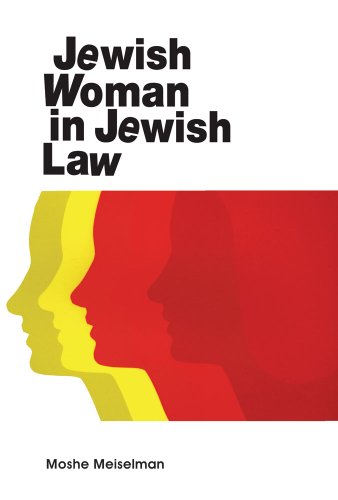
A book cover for Jewish Woman in Jewish Law; M. Meiselman; Religion & Spirituality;